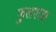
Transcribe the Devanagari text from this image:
फुलपाडा